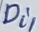
Text: Di1